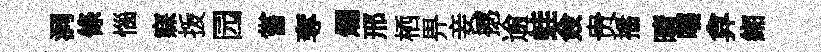
洞條惱寐㧞园嘗奪爛邢栖畀妾撼逾蛙僉贵播晴嚅弇緗